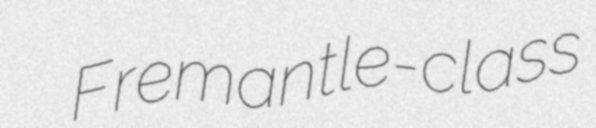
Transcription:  Fremantle-class